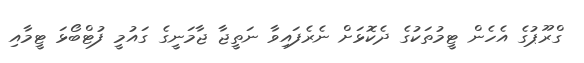
ގްރޫޕުގެ އެހެން ޓީމުތަކުގެ ދެކޮޅަށް ނެރެފައިވާ ނަތީޖާ ޖާމަނީގެ ގަައުމީ ފުޓްބޯޅަ ޓީމާއި